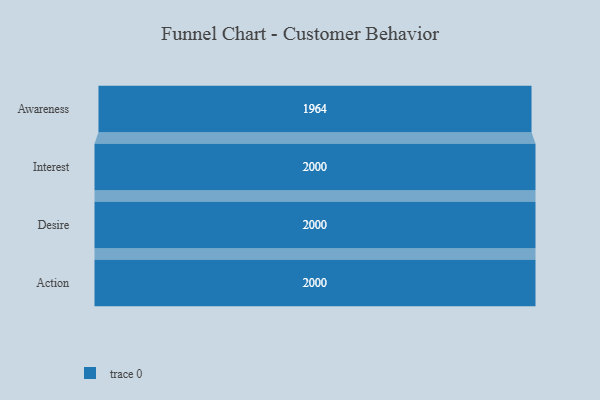
{"axis": {"x": "Stage", "y": "Value"}, "legend": [""], "data": [{"x": "Awareness", "y": 1964.0, "type": ""}, {"x": "Interest", "y": 2000, "type": ""}, {"x": "Desire", "y": 2000, "type": ""}, {"x": "Action", "y": 2000, "type": ""}]}